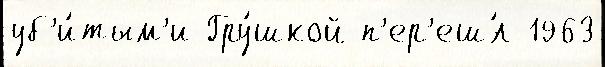
уб'и́тым'и Гру́шкой п'ер'еш́л 1963